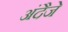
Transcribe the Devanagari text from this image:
अंदैजे